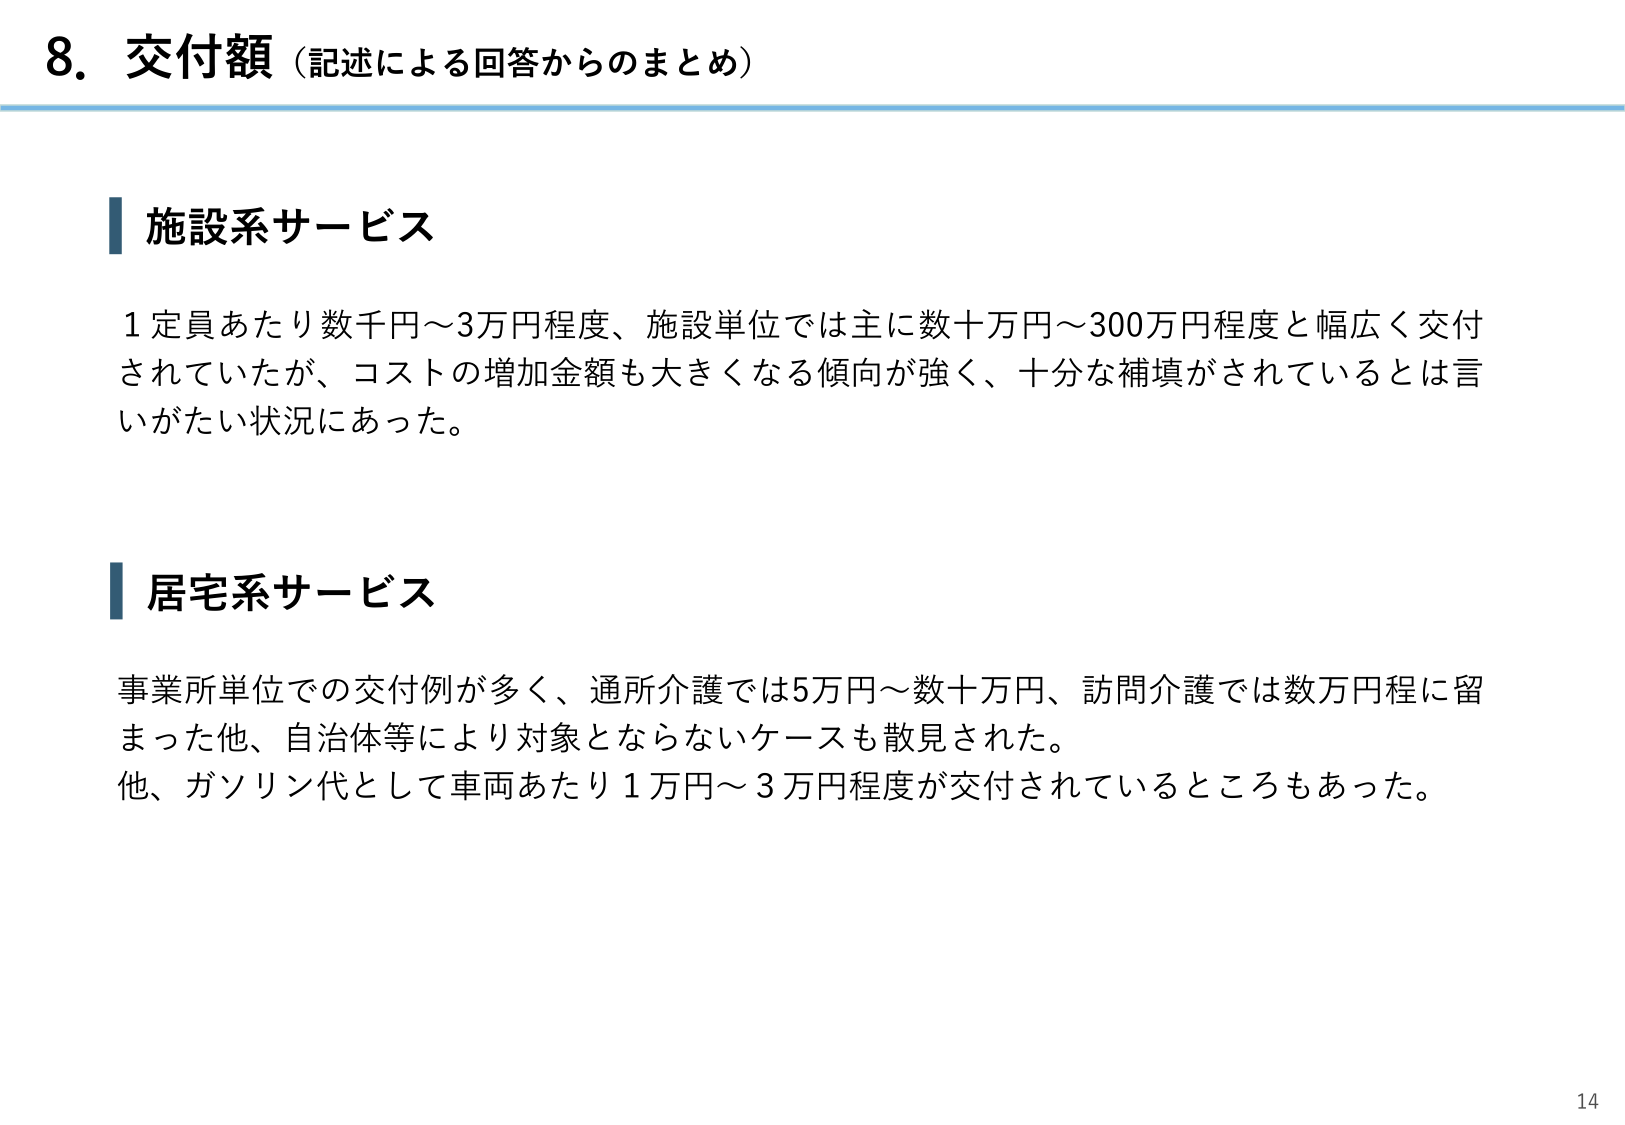
8. 交付額（記述による回答からのまとめ）

施設系サービス

1定員あたり数千円～3万円程度、施設単位では主に数十万円～300万円程度と幅広く交付されていたが、コストの増加金額も大きくなる傾向が強く、十分な補填がされているとは言いがたい状況にあった。

居宅系サービス

事業所単位での交付例が多く、通所介護では5万円～数十万円、訪問介護では数万円程に留まった他、自治体等により対象とならないケースも散見された。
他、ガソリン代として車両あたり1万円～3万円程度が交付されているところもあった。

14